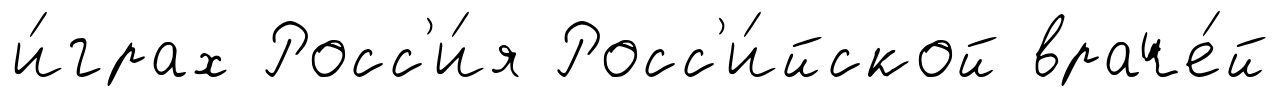
и́грах Росс'и́я Росс'и́йской враче́й